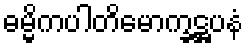
ဓမ္မိကပါတိမောက္ခဋ္ဌပနံ